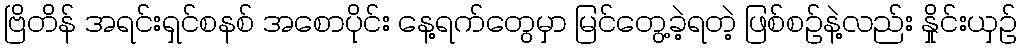
ဗြိတိန် အရင်းရှင်စနစ် အစောပိုင်း နေ့ရက်တွေမှာ မြင်တွေ့ခဲ့ရတဲ့ ဖြစ်စဉ်နဲ့လည်း နှိုင်းယှဉ်